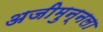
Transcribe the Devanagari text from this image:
अजीमुन्नला